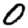
Digit: 0